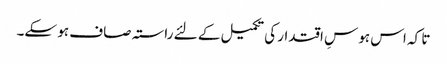
تا کہ اس ہوسِ اقتدار کی تکمیل کے لئے راستہ صاف ہو سکے۔